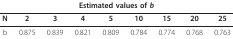
<table><thead><tr><td colspan="9"><b>Estimated values of <i>b</i></b></td></tr></thead><tbody><tr><td><b>N</b></td><td><b>2</b></td><td><b>3</b></td><td><b>4</b></td><td><b>5</b></td><td><b>10</b></td><td><b>15</b></td><td><b>20</b></td><td><b>25</b></td></tr><tr><td>b</td><td>0.875</td><td>0.839</td><td>0.821</td><td>0.809</td><td>0.784</td><td>0.774</td><td>0.768</td><td>0.763</td></tr></tbody></table>